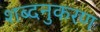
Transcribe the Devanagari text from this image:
शब्दनुकरण